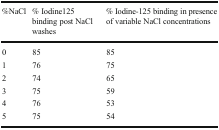
| %NaCl | % Iodine125 binding post NaCl washes | % Iodine-125 binding in presence of variable NaCl concentrations |
 | --- | --- | --- |
 | 0 | 85 | 85 |
 | 1 | 76 | 75 |
 | 2 | 74 | 65 |
 | 3 | 75 | 59 |
 | 4 | 76 | 53 |
 | 5 | 75 | 54 |